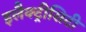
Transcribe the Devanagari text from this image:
इलैक्‍ट्रीसिटी